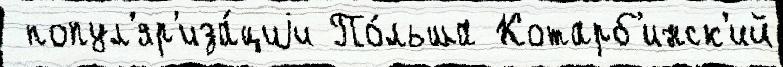
 попул'яр'иза́циjи По́льша Котарб'инск'ий